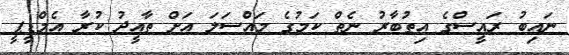
ނައިބު ރައީސްގެ އިތުބާރު ނެތް ކަމުގެ މައްސަލަ އަށް ތާއީދު ކުރާ އެމްޑީޕީ